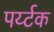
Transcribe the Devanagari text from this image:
पर्य्टक